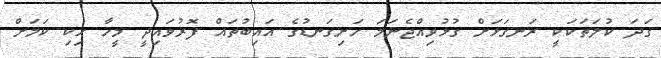
ގަދަ ކުލަތަކަކީ ރަނގަޅަށް ގުޅުވިއްޖެނަމަ ހަށިގަނޑުގެ އައިބުތައް ފޮރުވައިދީ މީހާ ހިކި ކަމަށް